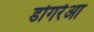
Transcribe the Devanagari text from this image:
डोगरेआ